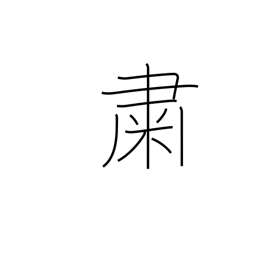
Meaning: quietly